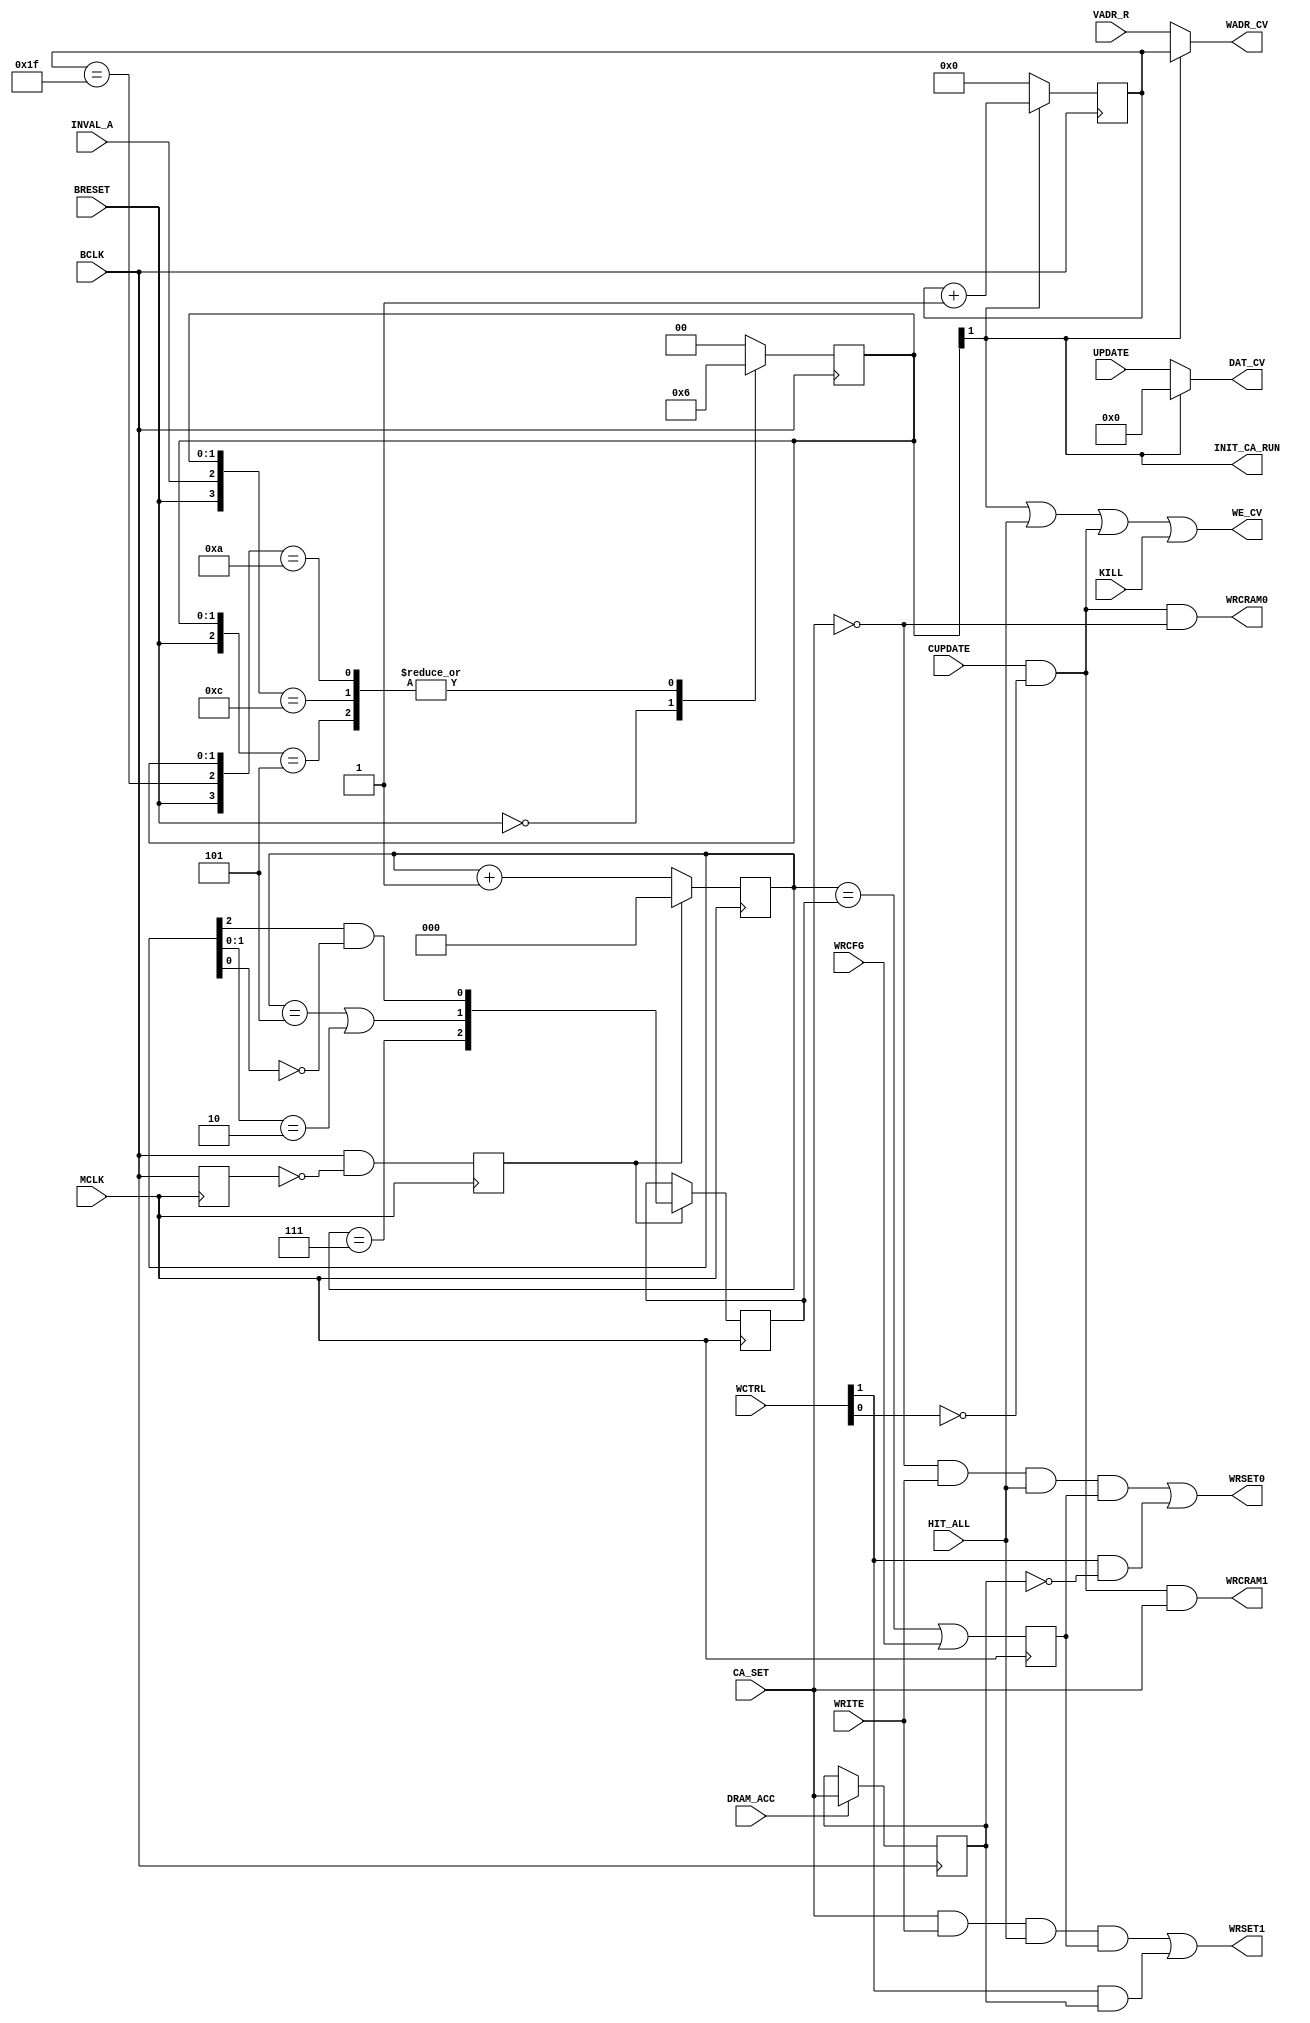
module DCA_CONTROL ( BCLK, MCLK, BRESET, CUPDATE, DRAM_ACC, CA_SET, HIT_ALL, WRCFG, VADR_R, UPDATE, INVAL_A, WRITE,
					 WCTRL, KILL, WRCRAM0, WRCRAM1, WE_CV, WADR_CV, DAT_CV, INIT_CA_RUN, WRSET0, WRSET1 );
	input			BCLK;
	input			MCLK;
	input			BRESET;
	input			CUPDATE;	
	input			DRAM_ACC;
	input			CA_SET;
	input			HIT_ALL;	
	input			WRCFG;		
	input	[11:7]	VADR_R;
	input	[23:0]	UPDATE;
	input			INVAL_A;
	input			WRITE;
	input	 [1:0]	WCTRL;		
	input			KILL;		
	output			WRCRAM0,WRCRAM1;
	output			WE_CV;
	output	 [4:0]	WADR_CV;
	output	[23:0]	DAT_CV;
	output			INIT_CA_RUN;
	output			WRSET0,WRSET1;
	reg		 [1:0]	state;
	reg		 [4:0]	acount;
	reg				ca_set_d;
	reg				dly_bclk,zero,wr_puls;
	reg		 [2:0]	count,refer;
	wire			countf;
	assign WRCRAM0 = (CUPDATE & ~WCTRL[0]) & ~CA_SET;
	assign WRCRAM1 = (CUPDATE & ~WCTRL[0]) &  CA_SET;
	assign WE_CV   = state[1] | HIT_ALL | (CUPDATE & ~WCTRL[0]) | KILL; 
	assign WADR_CV = state[1] ? acount : VADR_R;
	assign DAT_CV  = state[1] ? 24'h0 : UPDATE;	
	assign countf = (acount == 5'h1F);
	always @(posedge BCLK)
		casex ({BRESET,INVAL_A,countf,state[1:0]})
		  5'b0xx_xx : state <= 2'b01;
		  5'b1xx_01 : state <= 2'b10;		
		  5'b10x_00 : state <= 2'b00;		
		  5'b11x_00 : state <= 2'b10;
		  5'b1x0_10 : state <= 2'b10;
		  5'b1x1_10 : state <= 2'b00;
		  default   : state <= 2'b0;
		endcase
	always @(posedge BCLK) if (!state[1]) acount <= 5'h0; else acount <= acount + 5'h01;
	assign INIT_CA_RUN = state[1];
	always @(posedge BCLK) if (DRAM_ACC) ca_set_d <= CA_SET;
	assign WRSET0 = ( ~CA_SET & WRITE & HIT_ALL & wr_puls) | (WCTRL[1] & ~ca_set_d);
	assign WRSET1 = (  CA_SET & WRITE & HIT_ALL & wr_puls) | (WCTRL[1] &  ca_set_d);
	always @(negedge MCLK) dly_bclk <= BCLK;
	always @(negedge MCLK) zero <= BCLK & ~dly_bclk;
	always @(posedge MCLK) if (zero) count <= 3'd0; else count <= count + 3'd1;
	always @(posedge MCLK) if (zero) refer <= {(count == 3'd7),((count == 3'd5) | (count[1:0] == 2'b10)),(count[2] & ~count[0])};
	always @(posedge MCLK) wr_puls <= (count == refer) | WRCFG;
endmodule